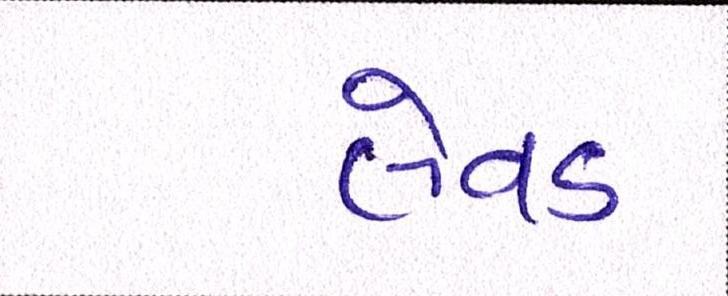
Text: લેવડ